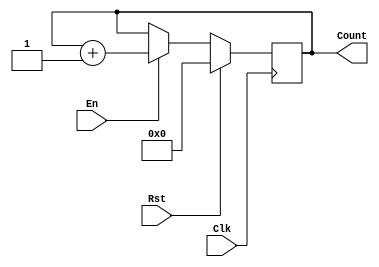
`timescale 1ns / 1ps
//////////////////////////////////////////////////////////////////////////////////
// Company: 
// Engineer: 
// 
// Design Name: 
// Module Name: counter64
// Project Name: 
// Target Devices: 
// Tool Versions: 
// Description: 
// 
// Dependencies: 
// 
// Revision:
// Revision 0.01 - File Created
// Additional Comments:
// 
//////////////////////////////////////////////////////////////////////////////////
//64 BIT COUNTER
module Counter64(Clk, Rst, En, Count);
    
    input Clk, Rst, En;
    
    output reg [63:0] Count = 0;
    
    always @(posedge Clk) begin
        if(Rst)
            Count <= 0;
        else if(En)
            Count = Count + 1;
    end
    
endmodule